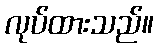
လုပ်ထားသည်။